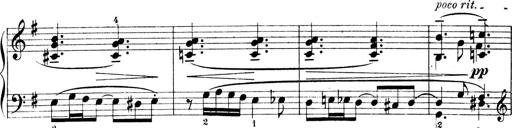
Title: 4 Sonatines
Composer: Max Reger